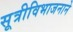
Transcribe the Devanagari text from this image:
सूत्रीविभाजनाने